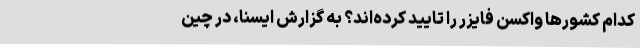
کدام کشورها واکسن فایزر را تایید کرده‌اند؟ به گزارش ایسنا، در چین